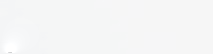
مطعم المدينة